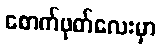
စောက်ဖုတ်လေးမှာ